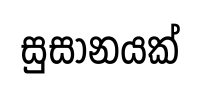
සුසානයක්